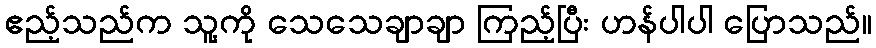
ဧည့်သည်က သူ့ကို သေသေချာချာ ကြည့်ပြီး ဟန်ပါပါ ပြောသည်။